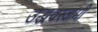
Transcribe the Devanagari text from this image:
उद्धवस्वामी